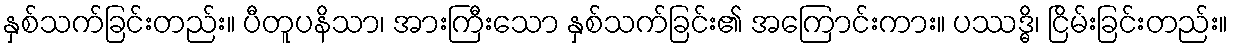
နှစ်သက်ခြင်းတည်း။ ပီတူပနိသာ၊ အားကြီးသော နှစ်သက်ခြင်း၏ အကြောင်းကား။ ပဿဒ္ဓိ၊ ငြိမ်းခြင်းတည်း။